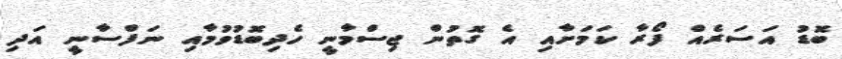
ބޮޑު އަސަރެއް ފޯރާ ކަމަށާއި އެ ގޮތުން ޖިސްމާނީ ހެދިބޮޑުވުމާއި ނަފްސާނީ އަދި